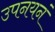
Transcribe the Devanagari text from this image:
उपनयनं